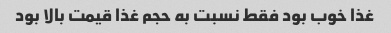
غذا خوب بود فقط نسبت به حجم غذا قیمت بالا بود